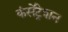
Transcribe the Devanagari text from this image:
कंसेंट्रेशन